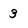
Character: 3